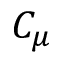
C _ { \mu }